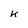
Character: k